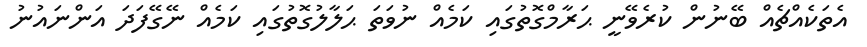
އެތަކެއްޗެއް ބޭނުން ކުރެވޭނީ ޙަރާމްގޮތުގައި ކަމެއް ނުވަތަ ޙަލާލުގޮތުގައި ކަމެއް ނޭގޭފަދަ އަންނައުނު